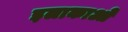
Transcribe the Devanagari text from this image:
इलाकाओं